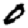
Digit: 0